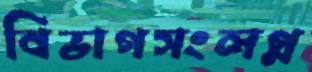
বিভাগসংলগ্ন